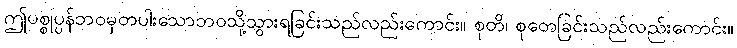
ဤပစ္စုပ္ပန်ဘဝမှတပါးသောဘဝသို့သွားရခြင်းသည်လည်းကောင်း။ စုတိ၊ စုတေခြင်းသည်လည်းကောင်း။